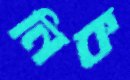
নিক